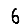
Digit: 6